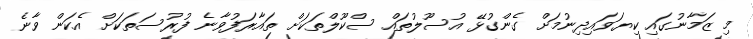
މި ޒަމާނުގައި ކިޔަވައިދިނުމަށް ގެންގުޅޭ އުސޫލުތައް ސްކޫލްތަކަށް ތައާރަފުވާނެ ފުރުސަތަކަށް އެކަން ވާނެ